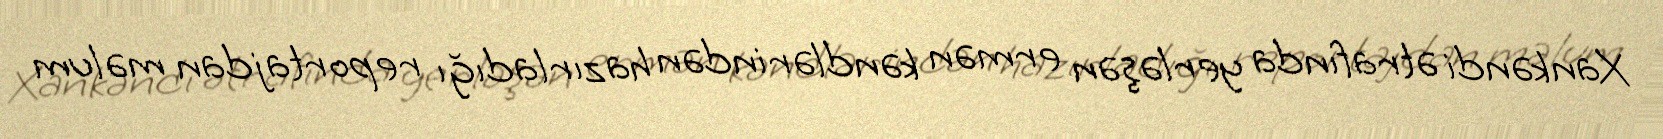
Xankəndi ətrafında yerləşən ermən kəndlərindən hazırladığı reportajdan məlum